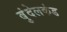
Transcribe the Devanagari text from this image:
बुंदेलकंड